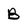
Character: B